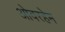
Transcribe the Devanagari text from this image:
ओवरहेम